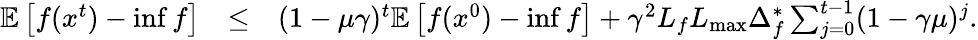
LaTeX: \begin{array}{rlr}{\mathbb{E}\left[f(x^{t})-\operatorname*{inf}f\right]}&{\leq}&{(1-\mu\gamma)^{t}\mathbb{E}\left[f(x^{0})-\operatorname*{inf}f\right]+\gamma^{2}L_{f}L_{\operatorname*{max}}\Delta_{f}^{*}\sum_{j=0}^{t-1}(1-\gamma\mu)^{j}.}\end{array}